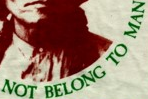
NOT BELONG TO MAN